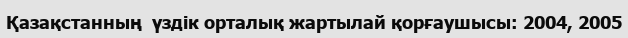
Қазақстанның  үздік орталық жартылай қорғаушысы: 2004, 2005